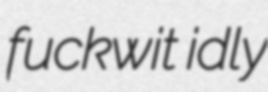
fuckwit idly